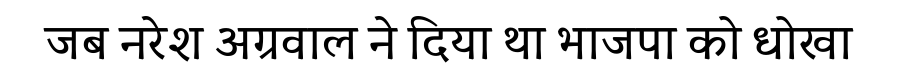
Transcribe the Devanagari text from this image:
जब नरेश अग्रवाल ने दिया था भाजपा को धोखा